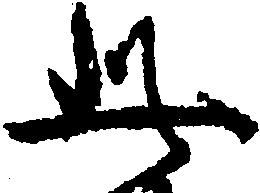
此